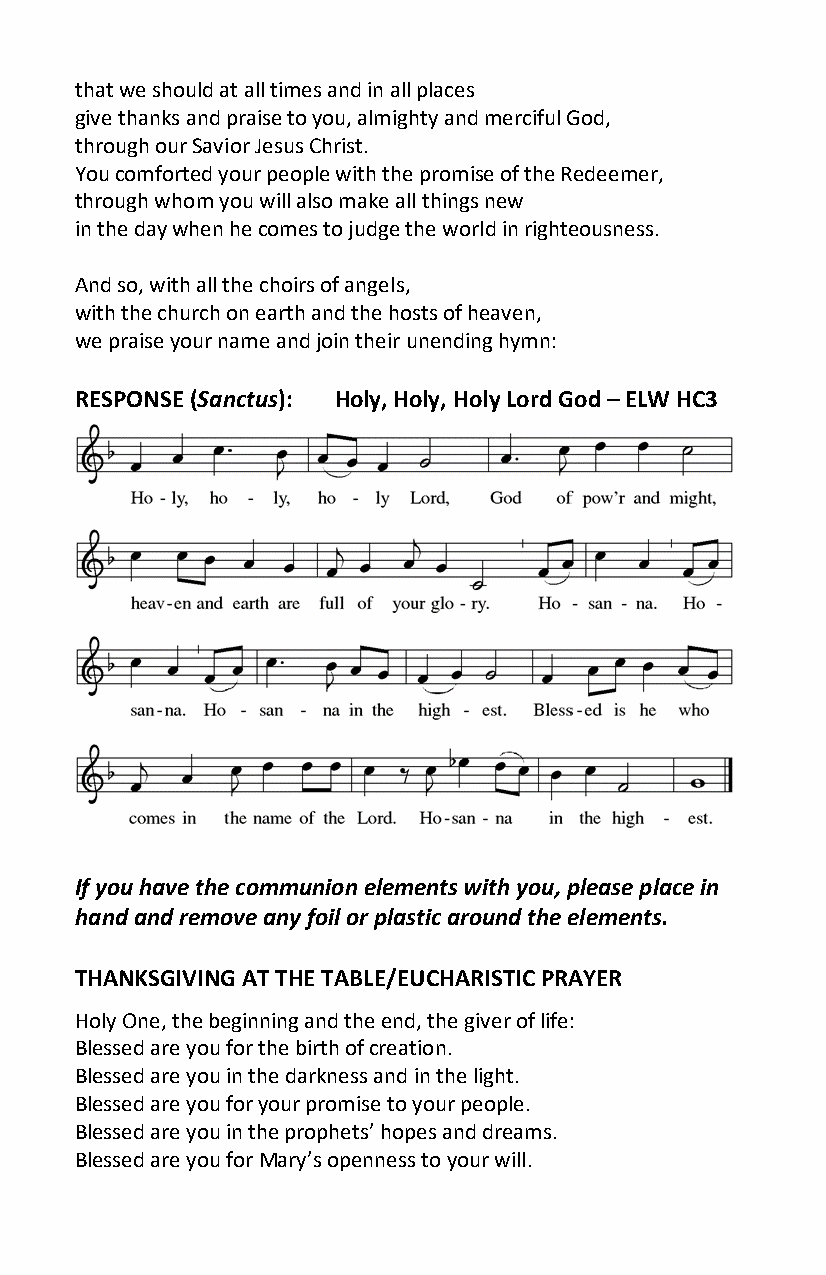
that we should at all times and in all places
 give thanks and praise to you, almighty and merciful God,
 through our Savior Jesus Christ.
 You comforted your people with the promise of the Redeemer,
 through whom you will also make all things new
 in the day when he comes to judge the world in righteousness.
 And so, with all the choirs of angels,
 with the church on earth and the hosts of heaven,
 we praise your name and join their unending hymn:
 RESPONSE (Sanctus): Holy, Holy, Holy Lord God – ELW HC3
 If you have the communion elements with you, please place in
 hand and remove any foil or plastic around the elements.
 THANKSGIVING AT THE TABLE/EUCHARISTIC PRAYER
 Holy One, the beginning and the end, the giver of life:
 Blessed are you for the birth of creation.
 Blessed are you in the darkness and in the light.
 Blessed are you for your promise to your people.
 Blessed are you in the prophets’ hopes and dreams.
 Blessed are you for Mary’s openness to your will.